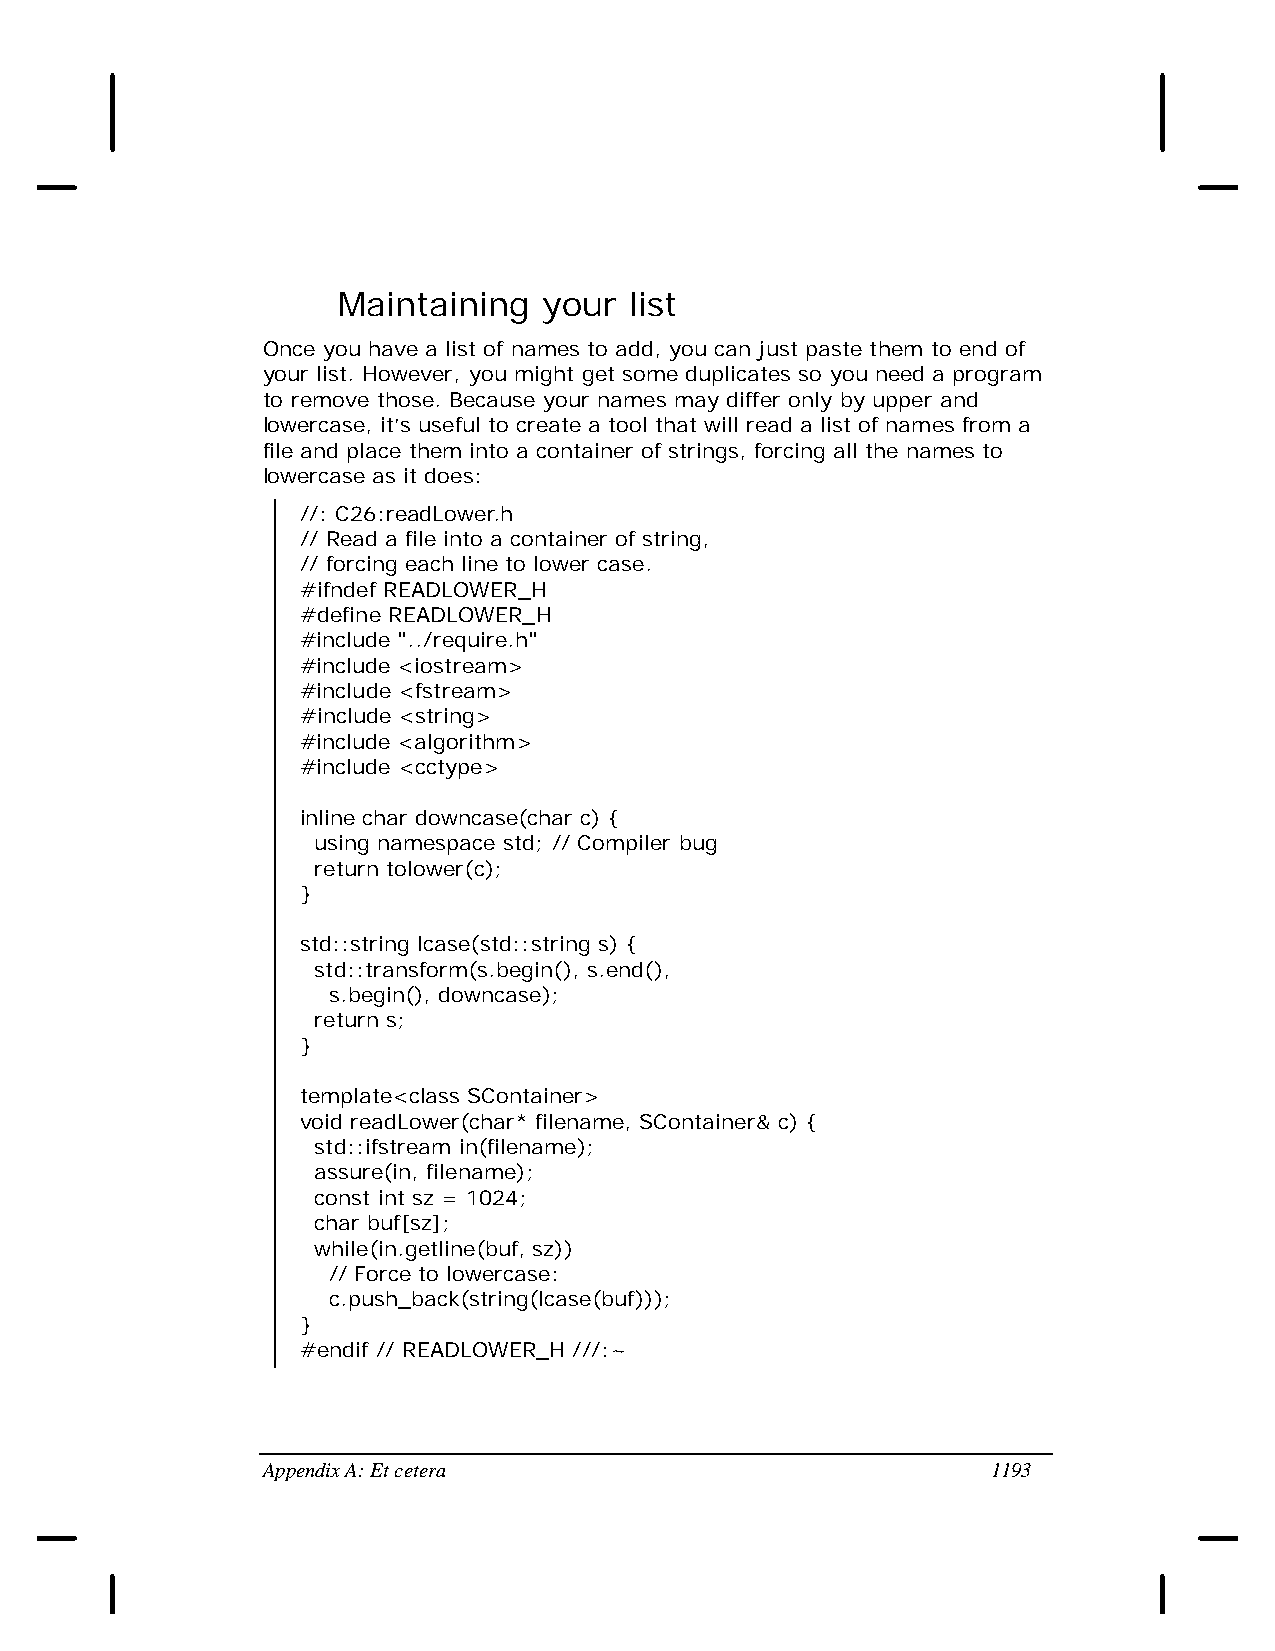
Maintaining   your  list
 Once you have a list of names to add, you can just paste them to end of
 your list. However, you might get some duplicates so you need a program
 to remove those. Because your names may differ only by upper and
 lowercase, it’s useful to create a tool that will read a list of names from a
 file and place them into a container of strings, forcing all the names to
 lowercase as it does:
 //: C26:readLower.h
 // Read a file into a container of string,
 // forcing each line to lower case.
 #ifndef READLOWER_H
 #define READLOWER_H
 #include "../require.h"
 #include <iostream>
 #include <fstream>
 #include <string>
 #include <algorithm>
 #include <cctype>
 inline char downcase(char c) {
 using namespace std; // Compiler bug
 return tolower(c);
 }
 std::string lcase(std::string s) {
 std::transform(s.begin(), s.end(),
 s.begin(), downcase);
 return s;
 }
 template<class SContainer>
 void readLower(char* filename, SContainer& c) {
 std::ifstream in(filename);
 assure(in, filename);
 const int sz = 1024;
 char buf[sz];
 while(in.getline(buf, sz))
 // Force to lowercase:
 c.push_back(string(lcase(buf)));
 }
 #endif // READLOWER_H ///:~
 Appendix A: Et cetera                            1193